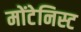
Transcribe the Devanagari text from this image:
मोंटेनिस्ट